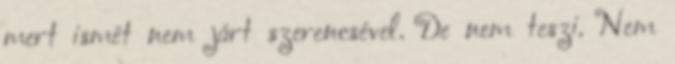
mert ismét nem járt szerencsével. De nem teszi. Nem